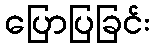
ပြောပြခြင်း